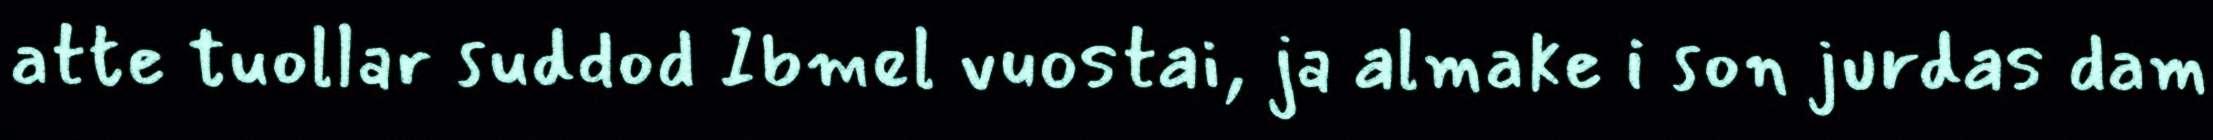
atte tuollar suddod Ibmel vuostai, ja almake i son jurdas dam